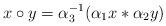
LaTeX: \begin{align*} x \circ y=\alpha_3^{-1}(\alpha_1 x \ast \alpha_2 y)\end{align*}